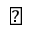
\blacktriangle